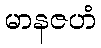
မာနဇဟံ